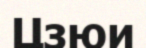
Цзюи